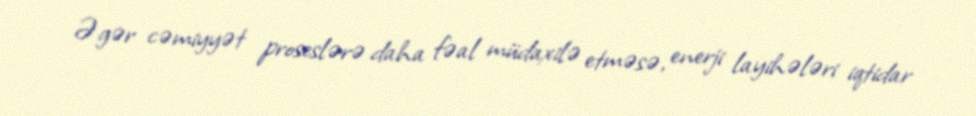
Əgər cəmiyyət proseslərə daha fəal müdaxilə etməsə, enerji layihələri iqtidar